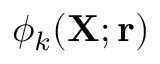
\phi _ { k } ( { \mathbf { X } } ; { \mathbf { r } } )